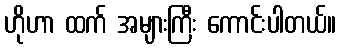
ဟိုဟာ ထက် အများကြီး ကောင်းပါတယ်။